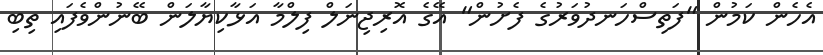
އެހެން ކަމުން "ފަތިސްހަނދުވަރުގެ ފެށުން" އޭގެ އޮރިޖިނަލް ފިލްމާ އަޅާކިޔާލަން ބޭނުންވެފައި ތިބި